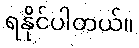
ရနိုင်ပါတယ်။